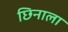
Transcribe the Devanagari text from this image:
छिनाला